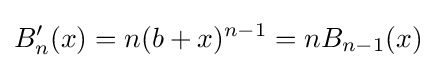
B_{n}'(x)=n(b+x)^{n-1}=nB_{n-1}(x)